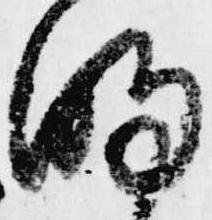
明